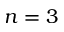
n = 3